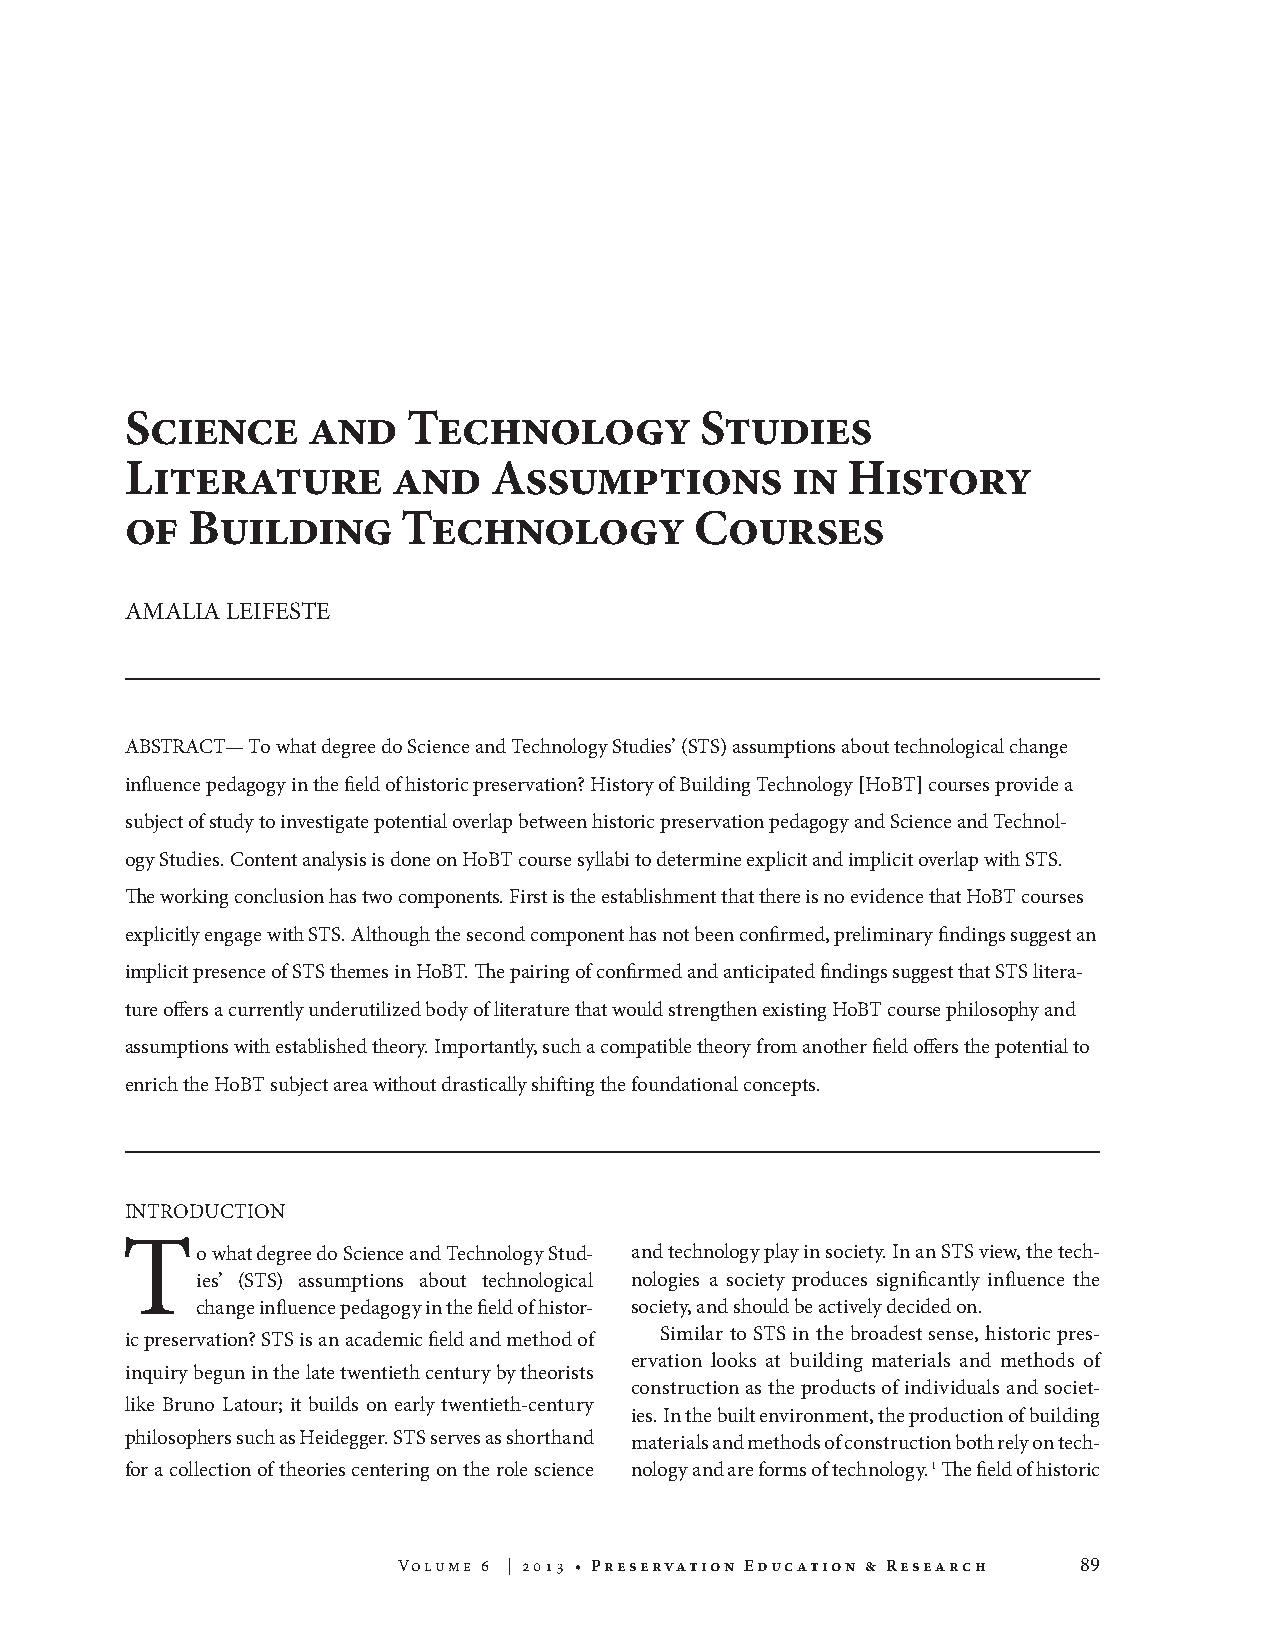
Science     and    Technology         Studies
 Literature        and    Assumptions        in  History
 of  Building       Technology         Courses
 AMALIA LEIFESTE
 ABSTRACT— To what degree do Science and Technology Studies’ (STS) assumptions about technological change
 influence pedagogy in the field of historic preservation? History of Building Technology [HoBT] courses provide a
 subject of study to investigate potential overlap between historic preservation pedagogy and Science and Technol-
 ogy Studies. Content analysis is done on HoBT course syllabi to determine explicit and implicit overlap with STS.
 The working conclusion has two components. First is the establishment that there is no evidence that HoBT courses
 explicitly engage with STS. Although the second component has not been confirmed, preliminary findings suggest an
 implicit presence of STS themes in HoBT. The pairing of confirmed and anticipated findings suggest that STS litera-
 ture offers a currently underutilized body of literature that would strengthen existing HoBT course philosophy and
 assumptions with established theory. Importantly, such a compatible theory from another field offers the potential to
 enrich the HoBT subject area without drastically shifting the foundational concepts.
 INTRODUCTION
 To    what degree do Science and Technology Stud- and technology play in society. In an STS view, the tech-
 ies’ (STS) assumptions about technological nologies a society produces significantly influence the
 change influence pedagogy in the field of histor- society, and should be actively decided on.
 Similar to STS in the broadest sense, historic pres-
 ic preservation? STS is an academic field and method of
 ervation looks at building materials and methods of
 inquiry begun in the late twentieth century by theorists
 construction as the products of individuals and societ-
 like Bruno Latour; it builds on early twentieth-century
 ies. In the built environment, the production of building
 philosophers such as Heidegger. STS serves as shorthand materials and methods of construction both rely on tech-
 for a collection of theories centering on the role science nology and are forms of technology. 1 The field of historic
 Volume 6 | 2013 • Preservation Education & Research 89